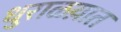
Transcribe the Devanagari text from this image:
धुराळय़ात